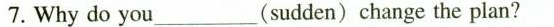
7. Why do you____(sudden) change the plan?